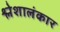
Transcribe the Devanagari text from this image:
श्लेशालंकार